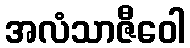
အလံသာဇီဝေါ